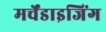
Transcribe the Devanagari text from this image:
मर्चेंडाइजिंग